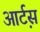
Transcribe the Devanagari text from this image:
आर्ट़स